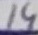
Text: 14